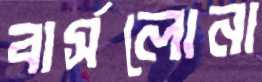
বার্সলোনা